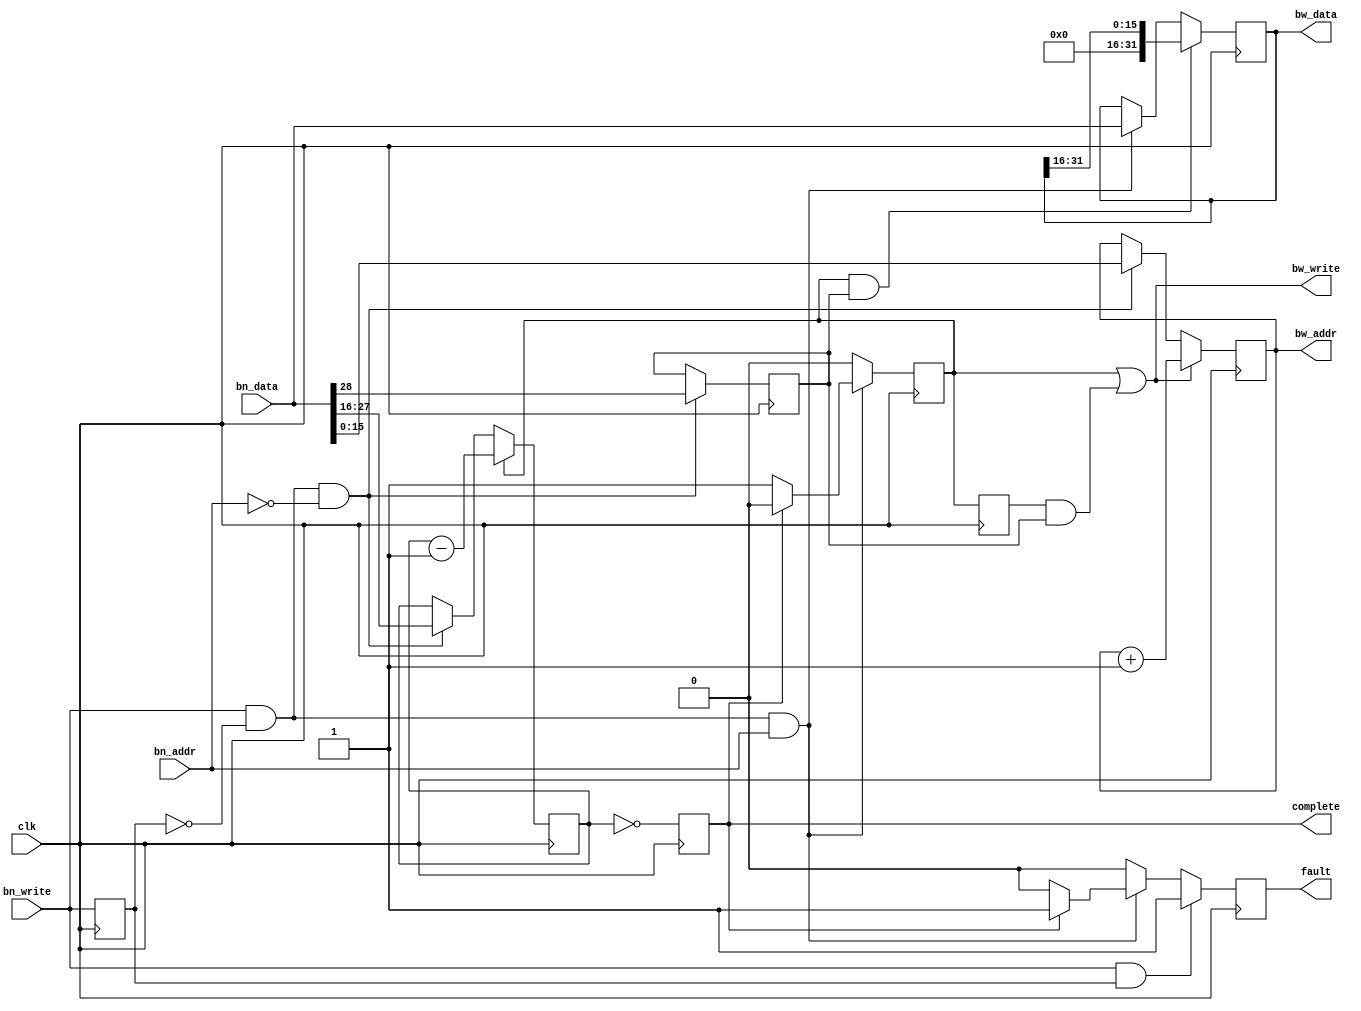
// Single-clock-domain bridge from a narrow address ("bn")
// local bus to a wide address (16-bit "bw") local bus.
// Both busses use 32-bit wide data.
//
// Larry Doolittle, LBNL, January 2014
//
// Only writes are considered.
// Also think about providing read access on the wide side,
// pushing data out either on the slow bus or as a waveform.
//
// Specific application is USB for the narrow address side,
// and the statespace engine on the wide address side.
//
// ABI from the narrow side:
//  Address 0: wide address and configuration
//       3 bits reserved
//       1 bit  double
//      12 bits count
//      16 bits address
//  Address 1: data
// Of course, the single address bit is assumed to be taken from
// a larger address bus, with the write strobe pre-decoded based
// on the other address bits.
//
// Assumes the writes from the narrow side are "rare", at least
// not consecutive.  Certainly true in the USB->JTAG->FPGA case.
// See the fault output.
//
// If "double" is set in the configuration word (mask 0x10000000),
// each single 32-bit write will be converted to two 16-bit writes
// on the wide address bus.  The low half-word is written first,
// and in fact the upper half-word is not masked out on that cycle.
// The second half-word, containing the original upper half-word
// moved to the lower slot, is padded with zeros in the following cycle.
// In this case, the "count" part of the configuration word refers to
// the number of 32-bit input words, not the (two times larger) number
// of output bus writes.  This two-cycle write is atomic in the context
// of the statespace engine.
//
// The "fault" output is a non-latching indicator of a fault
// in the write timing.  It is based only on the count value and
// write pulses, independent of the data and address.
//
// Two faults are detected:
//   write pulses on consecutive clock cycles
//   data write cycles when this subsystem is in the "complete" state.
//
// The "complete" output is an indicator that the desired number
// of writes has taken place.

`timescale 1ns / 1ns

module busbridge(
	input clk,  // timespec 8.0 ns
	input [31:0] bn_data,
	input        bn_addr,
	input        bn_write,

	output [31:0] bw_data,
	output [15:0] bw_addr,
	output        bw_write,

	output fault,
	output complete
);

reg [31:0] bw_data_r=0;
reg [15:0] bw_addr_r=0;
reg [11:0] bw_cnt=0;
reg        double=0;
reg        bn_write1=0, bw_write_r=0, bw_write_r1=0;
reg        fault_r=0, complete_r=0;
wire write_addr = bn_write & ~bn_write1 & (bn_addr==0);
wire write_data = bn_write & ~bn_write1 & (bn_addr==1);
always @(posedge clk) begin
	bw_write_r <= 0;
	fault_r <= 0;
	if (write_addr) {double,bw_cnt,bw_addr_r} <= bn_data;
	if (write_data) begin
		bw_data_r <= bn_data;
		if (~complete_r) bw_write_r <= 1;
		if (complete_r) fault_r <= 1;
	end
	if (bw_write) bw_addr_r <= bw_addr_r + 1;
	if (bw_write_r) bw_cnt <= bw_cnt - 1;
	if (bw_write_r & double) bw_data_r <= {16'b0,bw_data_r[31:16]};
	complete_r <= bw_cnt == 0;
	bw_write_r1 <= bw_write_r;
	bn_write1 <= bn_write;
	if (bn_write & bn_write1) fault_r <=1;
end

assign bw_data  = bw_data_r;
assign bw_addr  = bw_addr_r;
assign bw_write = bw_write_r | (bw_write_r1 & double);
assign complete = complete_r;
assign fault = fault_r;

endmodule